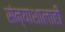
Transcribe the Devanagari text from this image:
संन्याशालाही